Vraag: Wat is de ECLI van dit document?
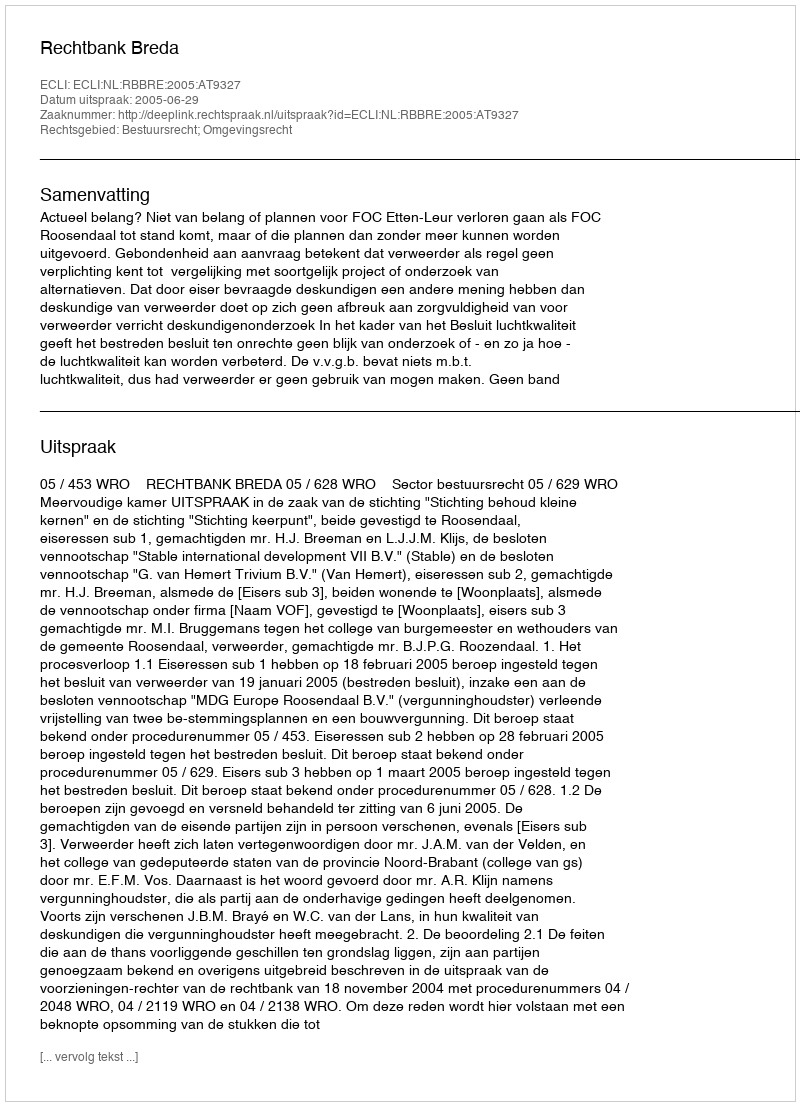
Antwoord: ECLI:NL:RBBRE:2005:AT9327